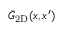
\bar { G } _ { \mathrm { 2 D } } ( x , x ^ { \prime } )